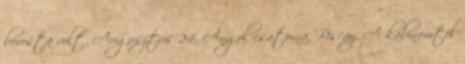
borosta volt. Augusztus 24. Angol csatorna, Biscay. A kabinomtól